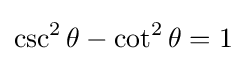
\csc ^{2}\theta -\cot ^{2}\theta =1